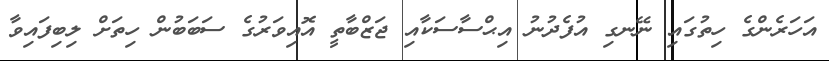
އަހަރެންގެ ހިތުގައި ނޭނގި އުފެދުނު އިޙްސާސަކާއި ޖަޒްބާތީ އޮއިވަރުގެ ސަބަބުން ހިތަށް ލިބިފައިވާ